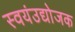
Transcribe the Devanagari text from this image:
स्वयंउद्योजक